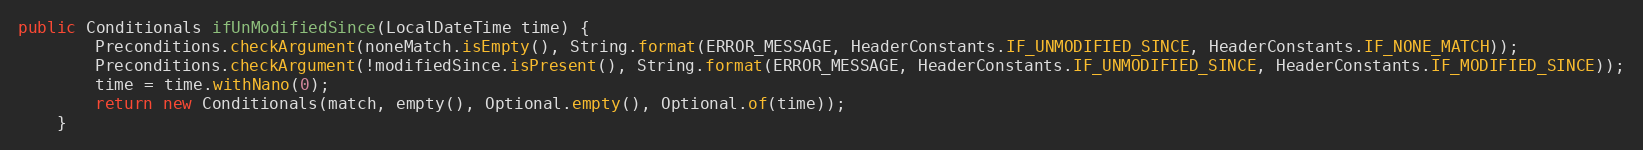
Language: Java
public Conditionals ifUnModifiedSince(LocalDateTime time) {
        Preconditions.checkArgument(noneMatch.isEmpty(), String.format(ERROR_MESSAGE, HeaderConstants.IF_UNMODIFIED_SINCE, HeaderConstants.IF_NONE_MATCH));
        Preconditions.checkArgument(!modifiedSince.isPresent(), String.format(ERROR_MESSAGE, HeaderConstants.IF_UNMODIFIED_SINCE, HeaderConstants.IF_MODIFIED_SINCE));
        time = time.withNano(0);
        return new Conditionals(match, empty(), Optional.empty(), Optional.of(time));
    }